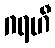
ဂရဟီ